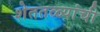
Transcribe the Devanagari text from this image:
शेततळ्यांची